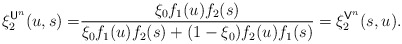
\begin{align*}\xi_2^{\mathsf{U}^n}(u,s)=&\frac{\xi_0 f_1(u)f_2(s)}{\xi_0f_1(u)f_2(s)+(1-\xi_0)f_2(u)f_1(s)}=\xi_2^{\mathsf{V}^n}(s,u).\end{align*}